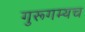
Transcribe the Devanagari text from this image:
गुरूगम्यच